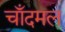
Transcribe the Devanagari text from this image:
चाँदमल